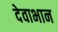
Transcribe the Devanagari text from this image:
देवाभान